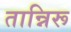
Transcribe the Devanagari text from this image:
तान्निरू